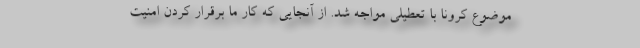
موضوع کرونا با تعطیلی مواجه شد. از آنجایی که کار ما برقرار کردن امنیت